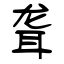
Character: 聋